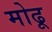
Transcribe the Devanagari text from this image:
मोढू